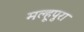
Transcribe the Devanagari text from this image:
मल्हूपुरा